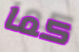
كما